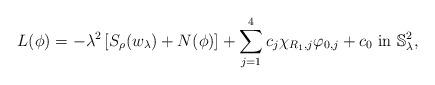
LaTeX: \begin{align*}L(\phi)=-\lambda^2\left[S_{\rho}(w_{\lambda})+N(\phi)\right]+\sum\limits_{j=1}^4 c_j \chi_{R_1,j}\varphi_{0,j} +c_0\textrm{ in } \mathbb{S}^2_{\lambda},\end{align*}